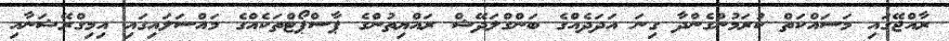
ރާއްޖޭގައި މަސައްކަތް ކުރަމުންގެންދާ ގިނަ އަދަދެއްގެ ބަންގްލަދޭޝް ރައްޔިތުންގެ ޕާސްޕޯޓްތަކެއްގެ މައްސަލައިގައި އިމިގްރޭޝަނާއި